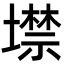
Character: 𡑲